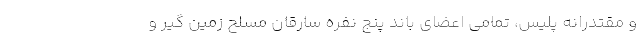
و مقتدرانه پلیس، تمامی اعضای باند پنج نفره سارقان مسلح زمین گیر و